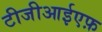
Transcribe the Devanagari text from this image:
टीजीआईएफ़